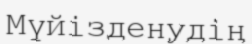
Мүйізденудің